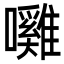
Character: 𭌲